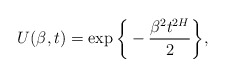
\begin{align*}U(\beta,t) = \exp\bigg\{-\frac{\beta^2 t^{2H}}{2}\bigg\},\end{align*}